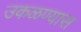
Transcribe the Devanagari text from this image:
उकळण्यास